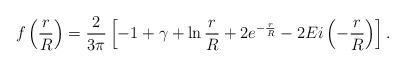
LaTeX: \begin{align*}f\left(\frac{r}{R}\right) = \frac{2}{3\pi}\left[-1 + \gamma + \ln \frac{r}{R} + 2 e^{-\frac{r}{R}} -2 Ei\left(-\frac{r}{R}\right) \right].\end{align*}